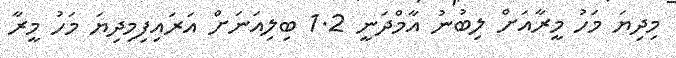
މިދިޔަ މަހު މީރާއަށް ލިބުނު އާމްދަނީ 1.2 ބިލިއަނަށް އަރައިފިމިދިޔަ މަހު މީރާ